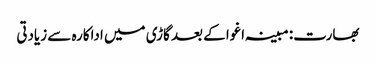
بھارت: مبینہ اغوا کے بعد گاڑی میں اداکارہ سے زیادتی